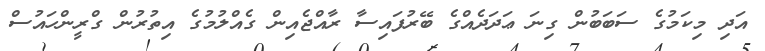
އަދި މިކަމުގެ ސަބަބުން ގިނަ ޢަދަދެއްގެ ބޭރުފައިސާ ރާއްޖެއިން ގެއްލުމުގެ އިތުރުން ގްރީންހައުސް